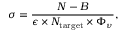
\sigma = \frac { N - B } { \epsilon \times N _ { \mathrm { t a r g e t } } \times \Phi _ { \nu } } ,